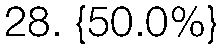
28. {50.0%}